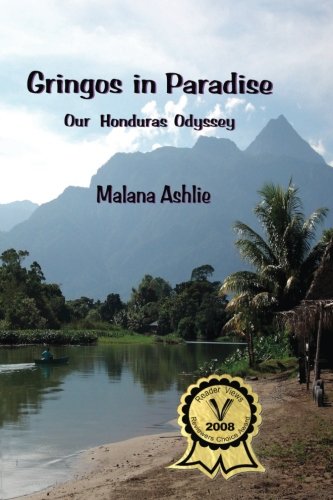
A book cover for GRINGOS IN PARADISE: Our Honduras Odyssey; Malana Ashlie; Travel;